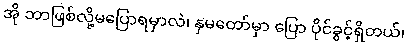
အို ဘာဖြစ်လို့မပြောရမှာလဲ၊ နှမတော်မှာ ပြော ပိုင်ခွင့်ရှိတယ်၊